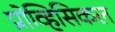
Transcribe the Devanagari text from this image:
प्रोव्हिसिकल